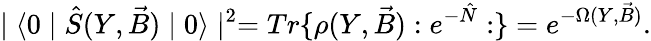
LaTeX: \mid\langle 0\mid\hat{S}(Y,\vec{B})\mid 0\rangle\mid^{2}=Tr\{ \rho(Y,\vec{B}):e^{-\hat{N}}:\} =e^{-\Omega(Y,\vec{B})}.